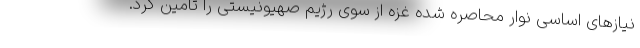
نیازهای اساسی نوار محاصره شده غزه از سوی رژیم صهیونیستی را تامین کرد.